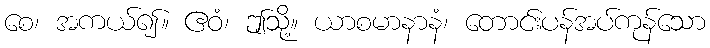
စေ၊ အကယ်၍။ ဧဝံ၊ ဤသို့။ ယာစမာနာနံ၊ တောင်းပန်အပ်ကုန်သော